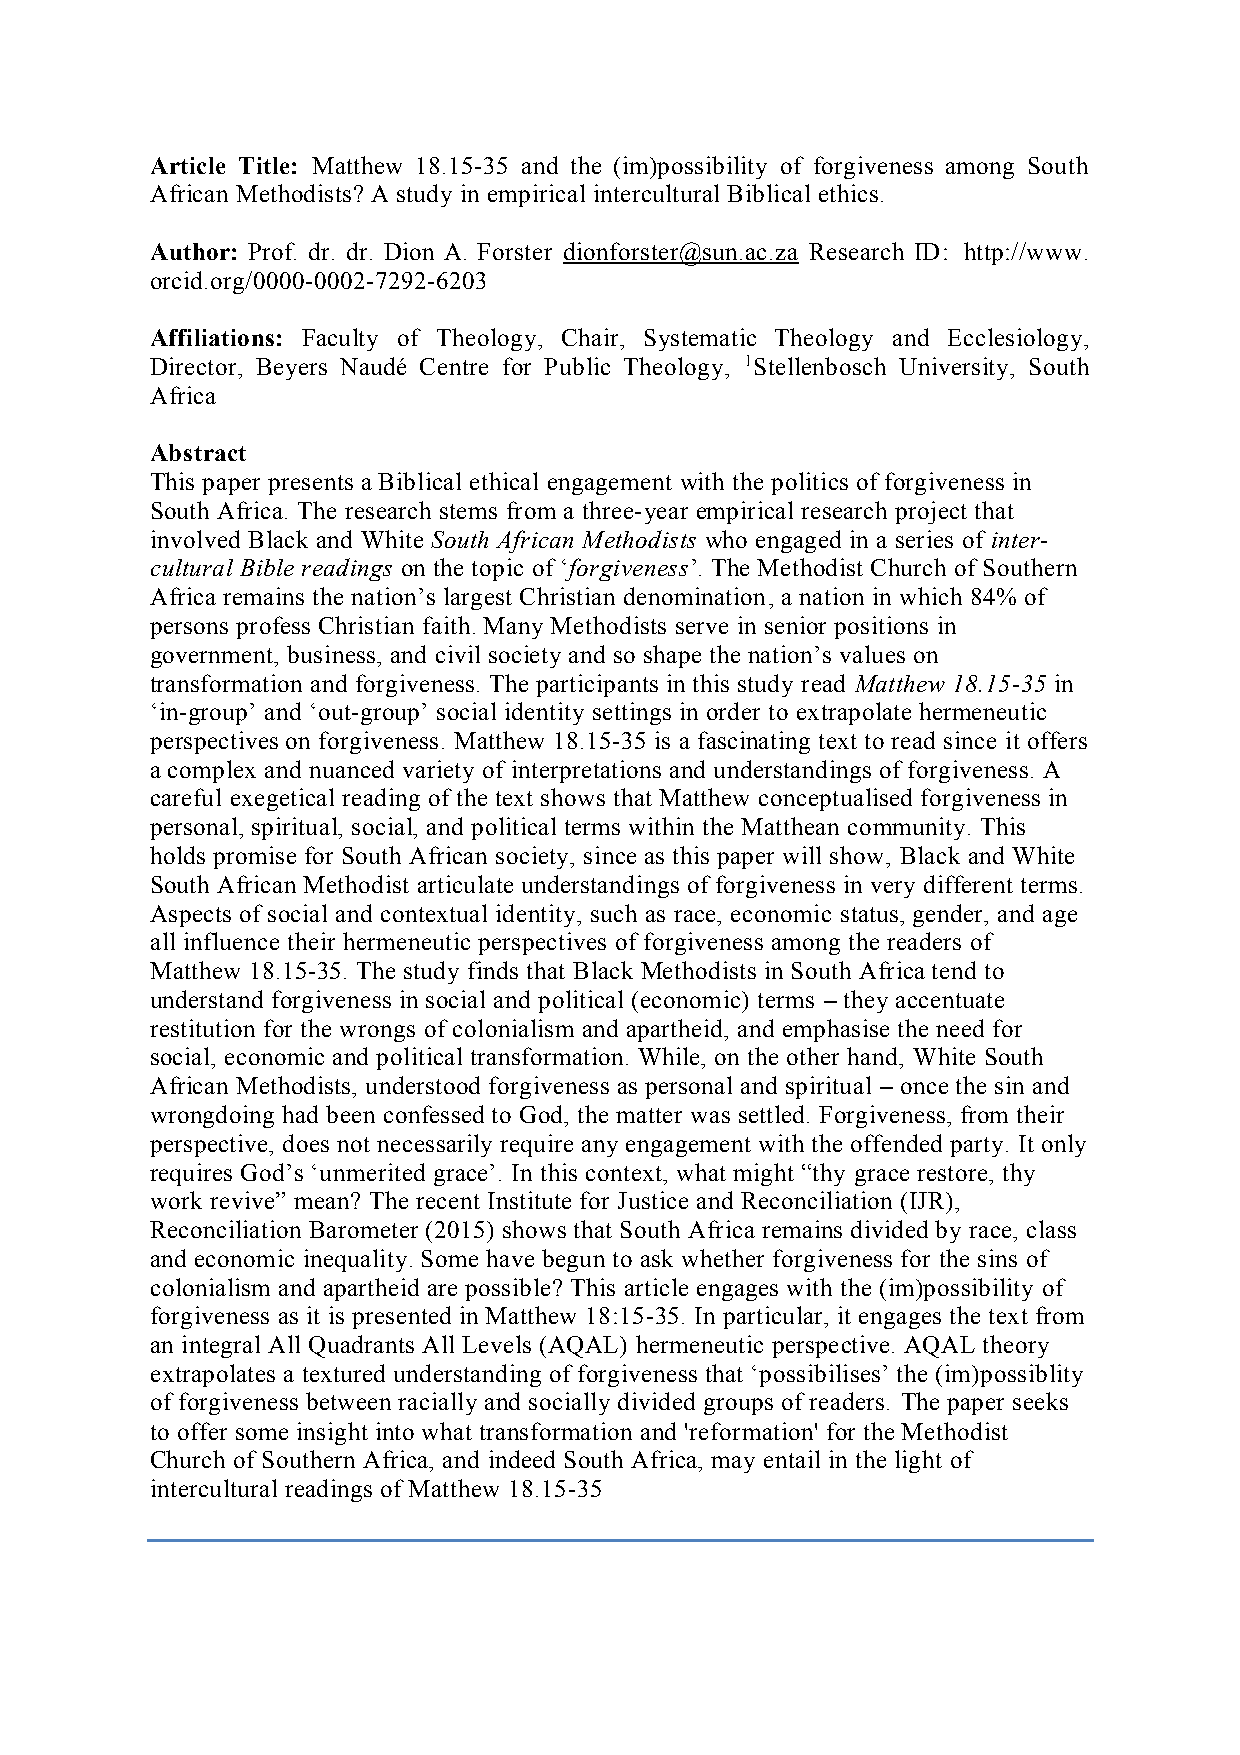
Article Title: Matthew 18.15-35 and the (im)possibility of forgiveness among South
 African Methodists? A study in empirical intercultural Biblical ethics.
 Author: Prof. dr. dr. Dion A. Forster dionforster@sun.ac.za Research ID: http://www.
 orcid.org/0000-0002-7292-6203
 Affiliations: Faculty of Theology, Chair, Systematic Theology and Ecclesiology,
 Director, Beyers Naudé Centre for Public Theology, 1Stellenbosch University, South
 Africa
 Abstract
 This paper presents a Biblical ethical engagement with the politics of forgiveness in
 South Africa. The research stems from a three-year empirical research project that
 involved Black and White South African Methodists who engaged in a series of inter-
 cultural Bible readings on the topic of ‘forgiveness’. The Methodist Church of Southern
 Africa remains the nation’s largest Christian denomination, a nation in which 84% of
 persons profess Christian faith. Many Methodists serve in senior positions in
 government, business, and civil society and so shape the nation’s values on
 transformation and forgiveness. The participants in this study read Matthew 18.15-35 in
 ‘in-group’ and ‘out-group’ social identity settings in order to extrapolate hermeneutic
 perspectives on forgiveness. Matthew 18.15-35 is a fascinating text to read since it offers
 a complex and nuanced variety of interpretations and understandings of forgiveness. A
 careful exegetical reading of the text shows that Matthew conceptualised forgiveness in
 personal, spiritual, social, and political terms within the Matthean community. This
 holds promise for South African society, since as this paper will show, Black and White
 South African Methodist articulate understandings of forgiveness in very different terms.
 Aspects of social and contextual identity, such as race, economic status, gender, and age
 all influence their hermeneutic perspectives of forgiveness among the readers of
 Matthew 18.15-35. The study finds that Black Methodists in South Africa tend to
 understand forgiveness in social and political (economic) terms – they accentuate
 restitution for the wrongs of colonialism and apartheid, and emphasise the need for
 social, economic and political transformation. While, on the other hand, White South
 African Methodists, understood forgiveness as personal and spiritual – once the sin and
 wrongdoing had been confessed to God, the matter was settled. Forgiveness, from their
 perspective, does not necessarily require any engagement with the offended party. It only
 requires God’s ‘unmerited grace’. In this context, what might “thy grace restore, thy
 work revive” mean? The recent Institute for Justice and Reconciliation (IJR),
 Reconciliation Barometer (2015) shows that South Africa remains divided by race, class
 and economic inequality. Some have begun to ask whether forgiveness for the sins of
 colonialism and apartheid are possible? This article engages with the (im)possibility of
 forgiveness as it is presented in Matthew 18:15-35. In particular, it engages the text from
 an integral All Quadrants All Levels (AQAL) hermeneutic perspective. AQAL theory
 extrapolates a textured understanding of forgiveness that ‘possibilises’ the (im)possiblity
 of forgiveness between racially and socially divided groups of readers. The paper seeks
 to offer some insight into what transformation and 'reformation' for the Methodist
 Church of Southern Africa, and indeed South Africa, may entail in the light of
 intercultural readings of Matthew 18.15-35